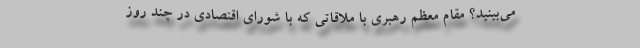
می‌بینید؟ مقام معظم رهبری با ملاقاتی که با شورای اقتصادی در چند روز